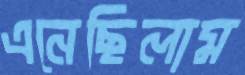
এনেছিলাম